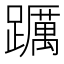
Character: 𨇆